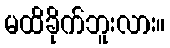
မထိခိုက်ဘူးလား။